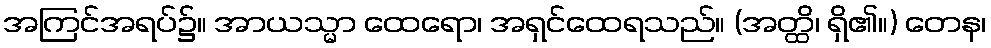
အကြင်အရပ်၌။ အာယသ္မာ ထေရော၊ အရှင်ထေရသည်။ (အတ္ထိ၊ ရှိ၏။) တေန၊